65_HS1-834228961_62-HQ-83894_Section_8
Agency: FBI
Page 33
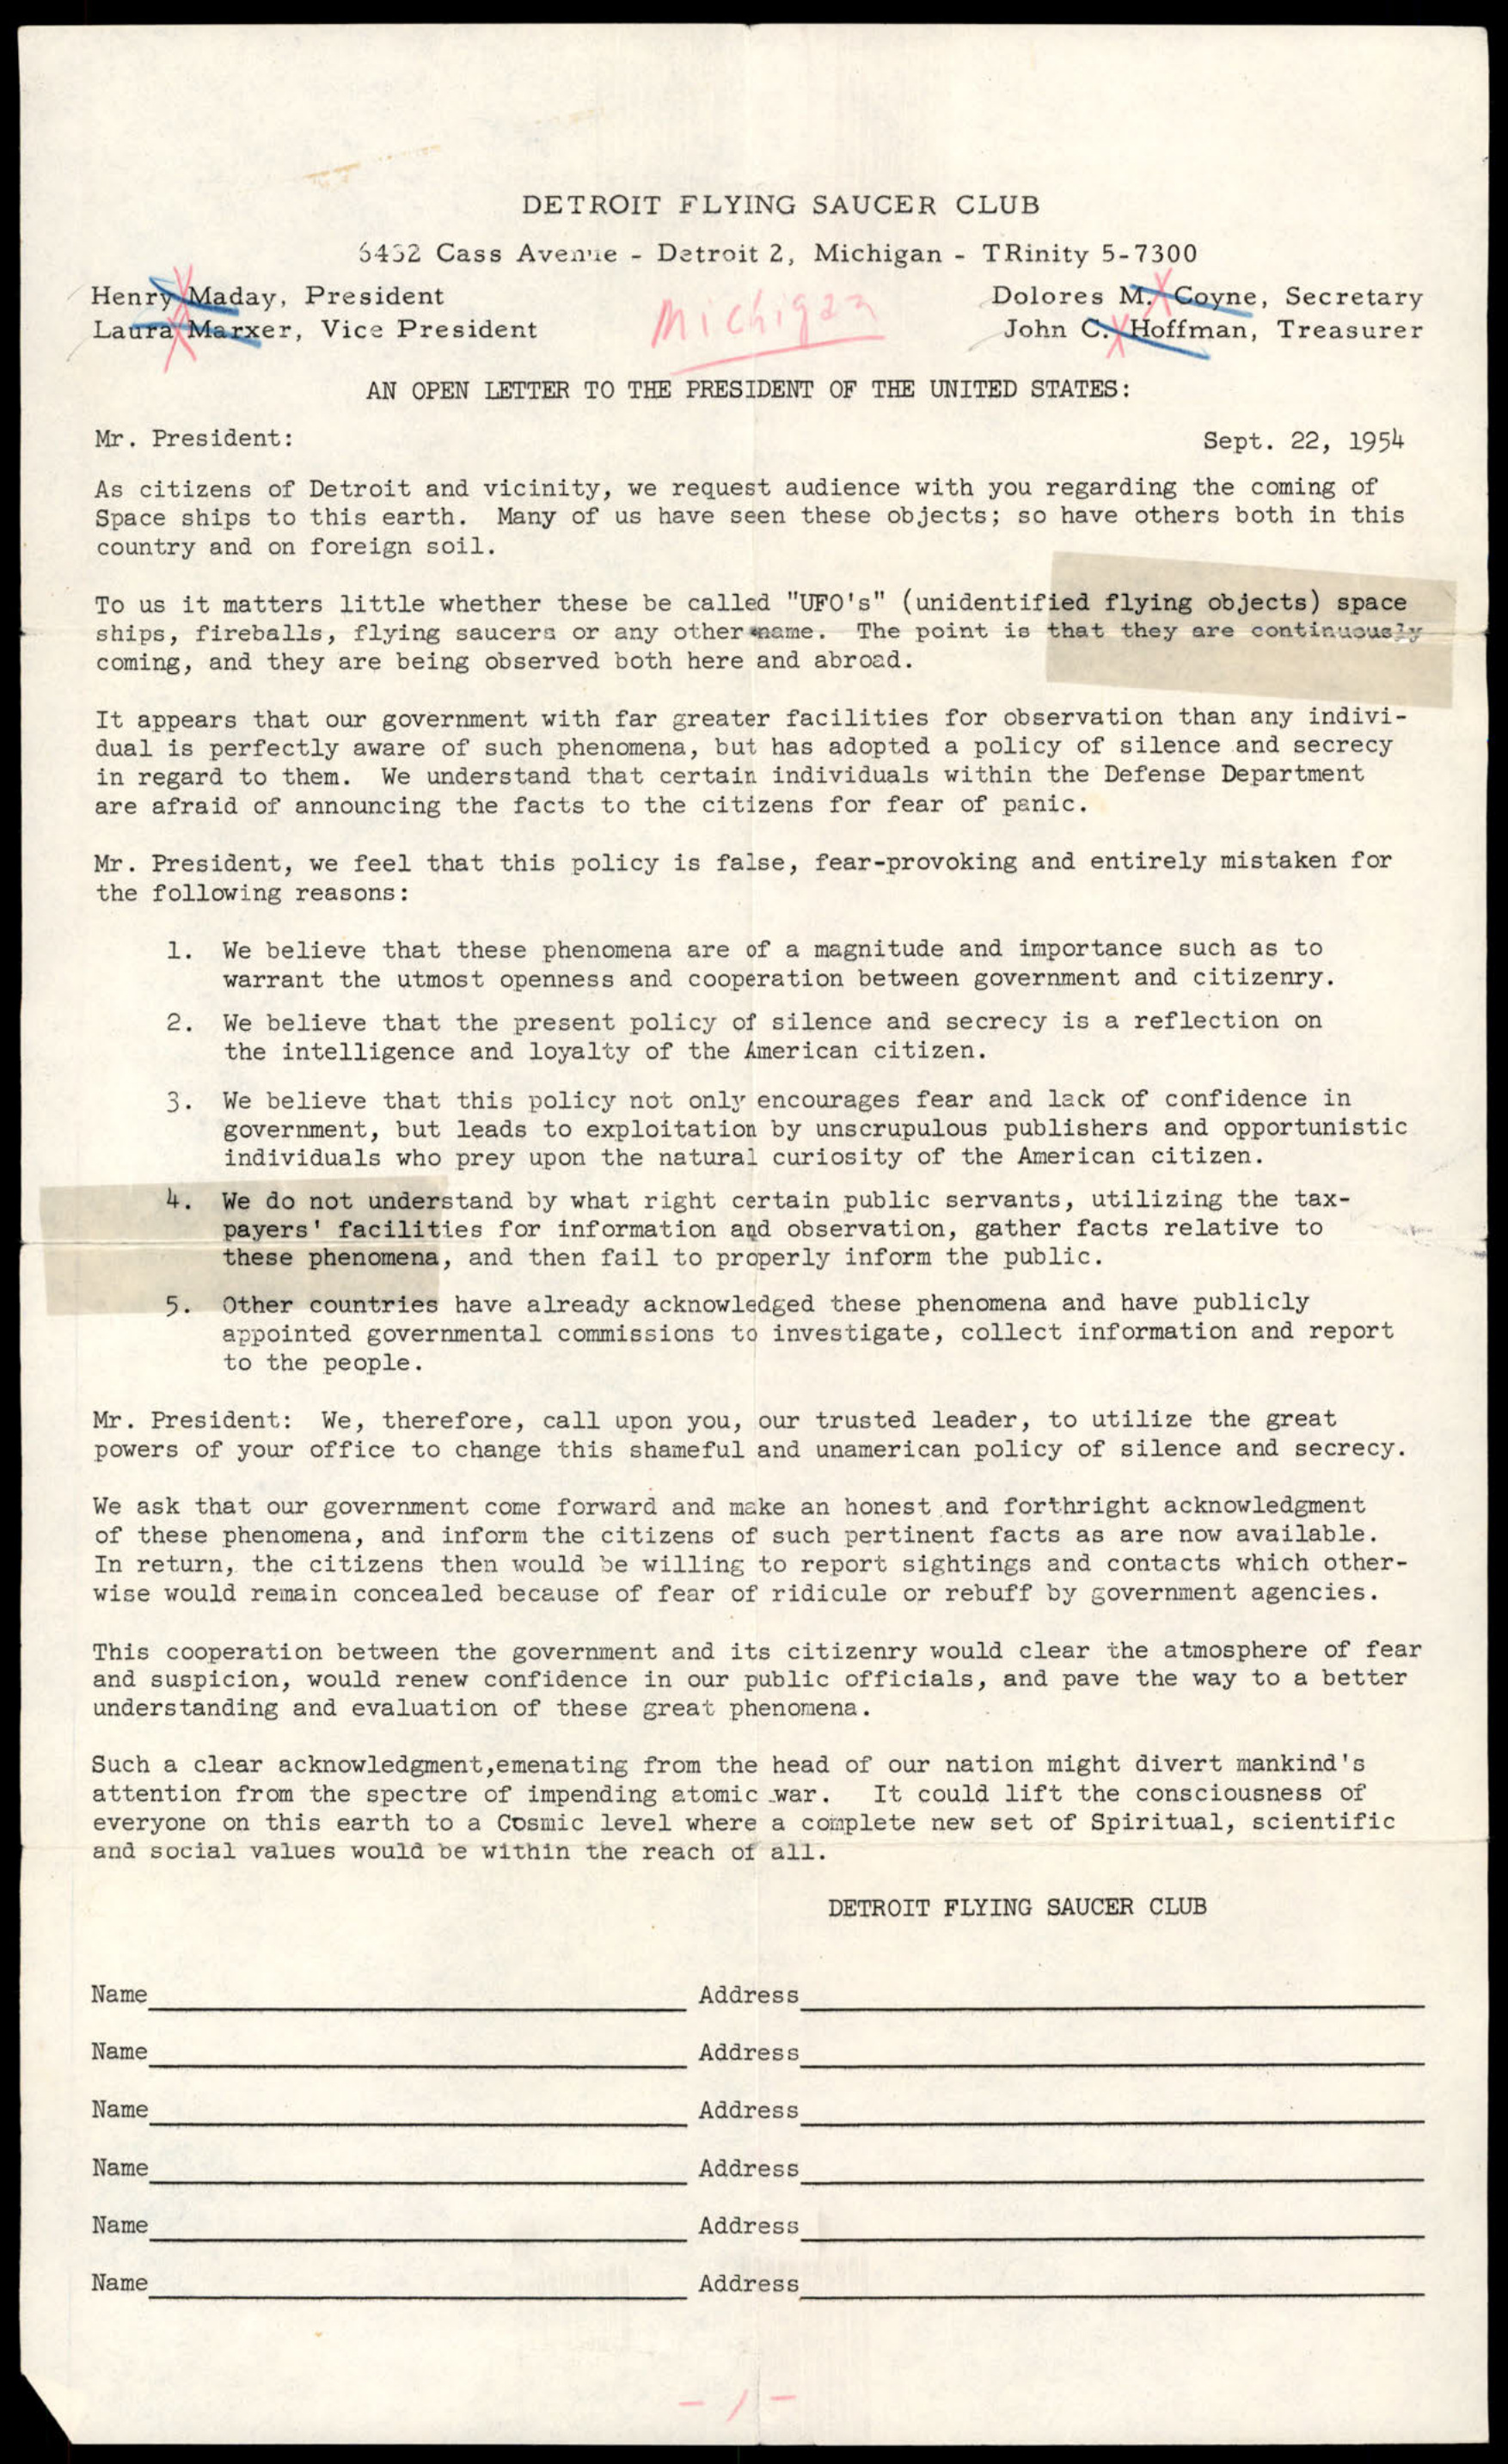